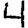
Digit: 4